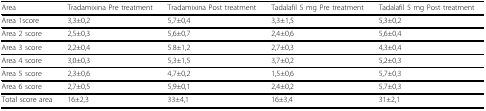
<table><thead><tr><td><b>Area</b></td><td><b>Tradamixina Pre treatment</b></td><td><b>Tradamixina Post treatment</b></td><td><b>Tadalafil 5 mg Pre treatment</b></td><td><b>Tadalafil 5 mg Post treatment</b></td></tr></thead><tbody><tr><td>Area 1score</td><td>3,3±0,2</td><td>5,7±0,4</td><td>3,3±1,5</td><td>5,3±0,2</td></tr><tr><td>Area 2 score</td><td>2,5±0,3</td><td>5,6±0,7</td><td>2,4±0,6</td><td>5,6±0,4</td></tr><tr><td>Area 3 score</td><td>2,2±0,4</td><td>5.8±1,2</td><td>2,7±0,3</td><td>4,3±0,4</td></tr><tr><td>Area 4 score</td><td>3,0±0,3</td><td>5,3±1,5</td><td>3,7±0,2</td><td>5,2±0,3</td></tr><tr><td>Area 5 score</td><td>2,3±0,6</td><td>4,7±0,2</td><td>1,5±0,6</td><td>5,7±0,3</td></tr><tr><td>Area 6 score</td><td>2,7±0,5</td><td>5,9±0,1</td><td>2,4±0,2</td><td>5,7±0,3</td></tr><tr><td>Total score area</td><td>16±2,3</td><td>33±4,1</td><td>16±3,4</td><td>31±2,1</td></tr></tbody></table>